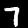
Digit: 7